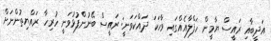
އަދީބާއި ރައީސް ޔާމީން ހަފްލާއެއްގައި ވާހަކަ ދައްކަވަނީ: ރައީސް ބޭނުންފުޅުވަނީ ހުރިހާ ރައްޔިތުންނަށް